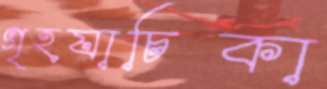
গৃহযাচিকা